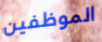
الموظفين